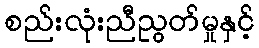
စည်းလုံးညီညွတ်မှုနှင့်